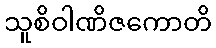
သူစိဝါဏိဇကောတိ